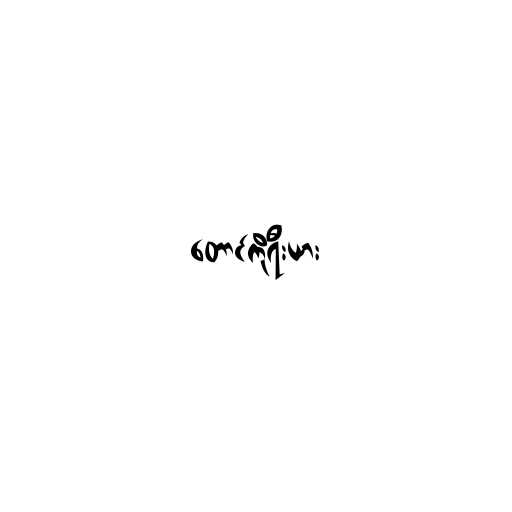
တောင်ကိုရီးယား